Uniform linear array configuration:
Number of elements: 4
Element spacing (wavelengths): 0.25
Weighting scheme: uniform
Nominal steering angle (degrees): -60
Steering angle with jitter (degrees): -60.605
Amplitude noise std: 0.05
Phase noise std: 0.05

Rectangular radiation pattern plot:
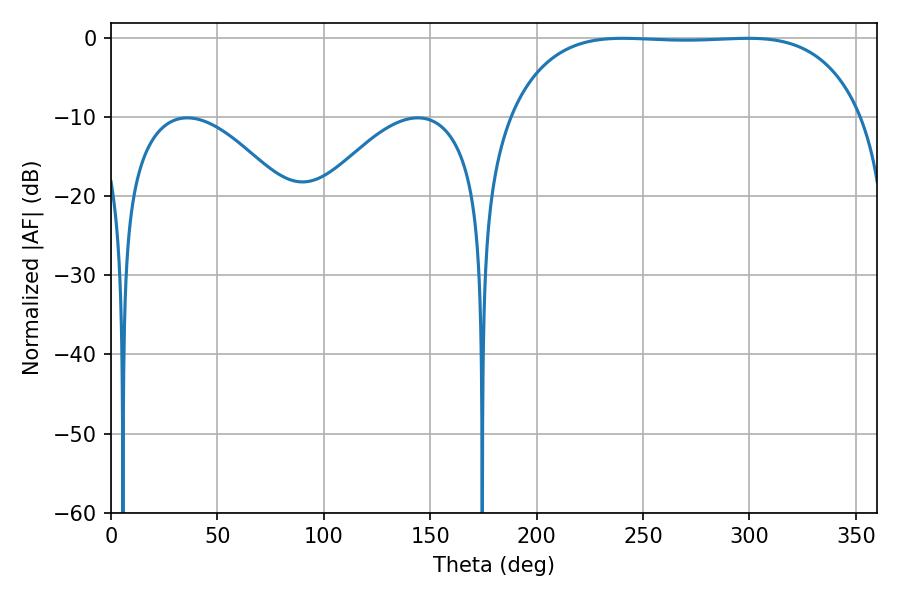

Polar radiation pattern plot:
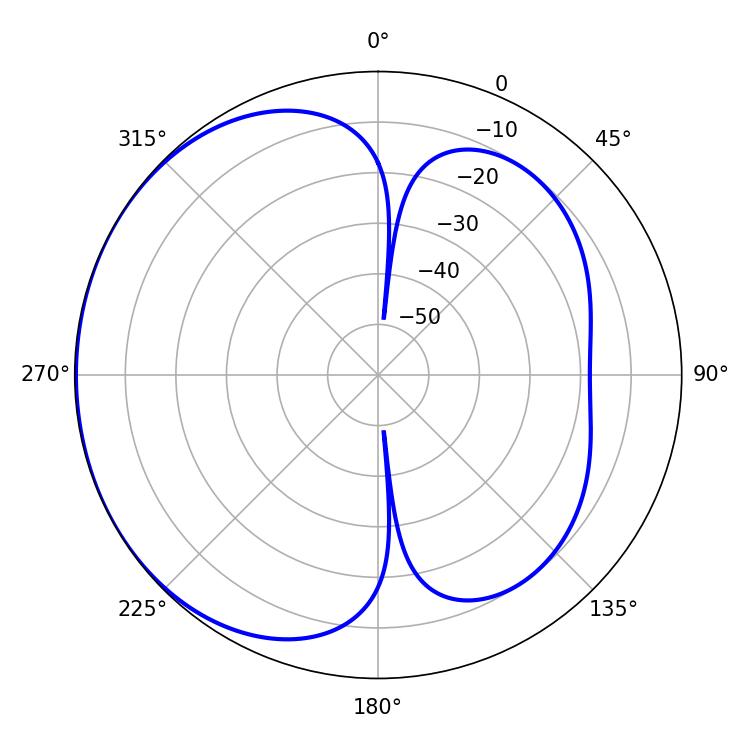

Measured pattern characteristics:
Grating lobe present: FALSE
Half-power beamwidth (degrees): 129.6
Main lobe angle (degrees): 240.66